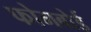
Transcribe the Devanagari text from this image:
फोमबोर्ड